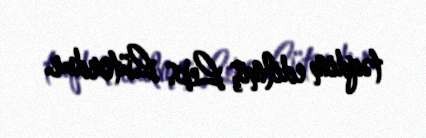
təqdim edilmiş Leks Lütordur.